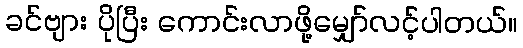
ခင်ဗျား ပိုပြီး ကောင်းလာဖို့မျှော်လင့်ပါတယ်။